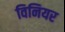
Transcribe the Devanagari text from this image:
विनियर